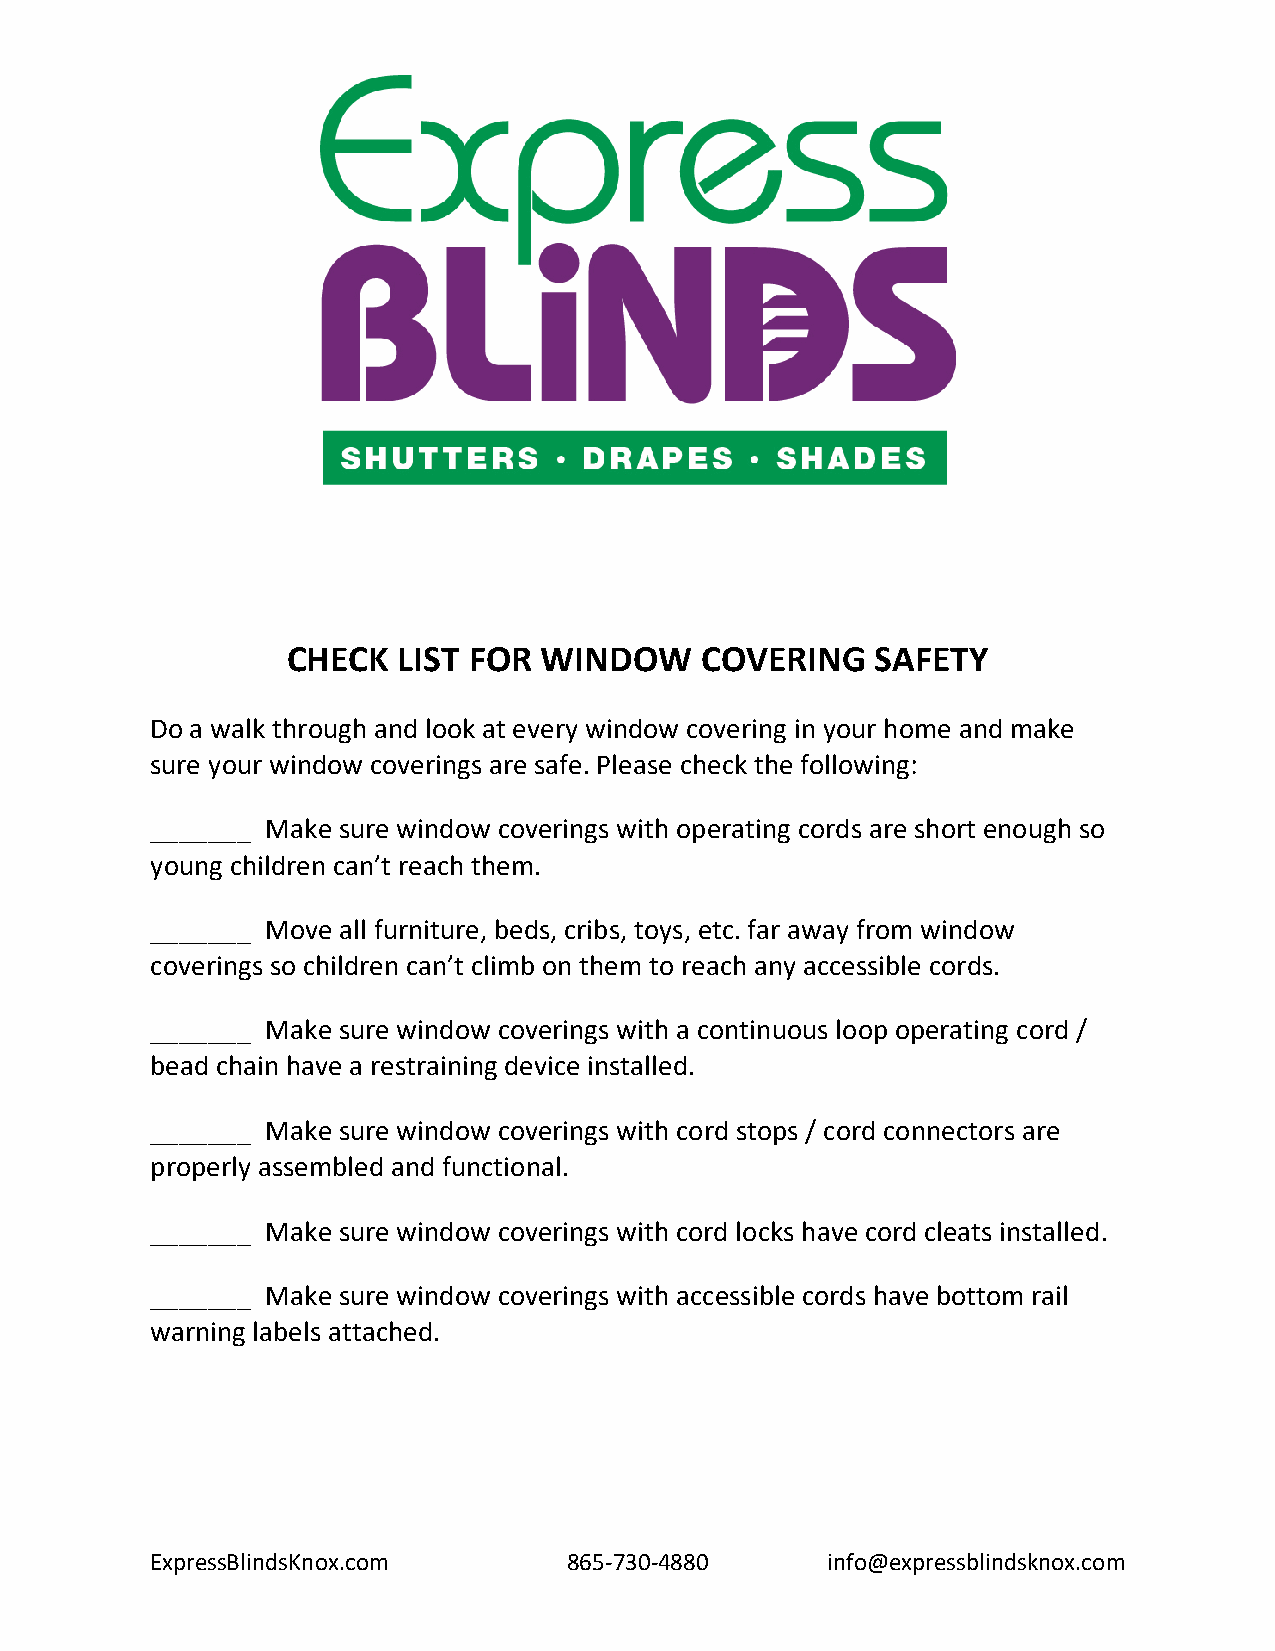
CHECK  LIST FOR  WINDOW    COVERING    SAFETY
 Do a walk through and look at every window covering in your home and make
 sure your window coverings are safe. Please check the following:
 _______ Make sure window coverings with operating cords are short enough so
 young children can’t reach them.
 _______ Move all furniture, beds, cribs, toys, etc. far away from window
 coverings so children can’t climb on them to reach any accessible cords.
 _______ Make sure window coverings with a continuous loop operating cord /
 bead chain have a restraining device installed.
 _______ Make sure window coverings with cord stops / cord connectors are
 properly assembled and functional.
 _______ Make sure window coverings with cord locks have cord cleats installed.
 _______ Make sure window coverings with accessible cords have bottom rail
 warning labels attached.
 ExpressBlindsKnox.com       865-730-4880     info@expressblindsknox.com